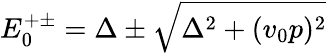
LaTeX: E_{0}^{+\pm}=\Delta\pm\sqrt{\Delta^{2}+(v_{0}p)^{2}}